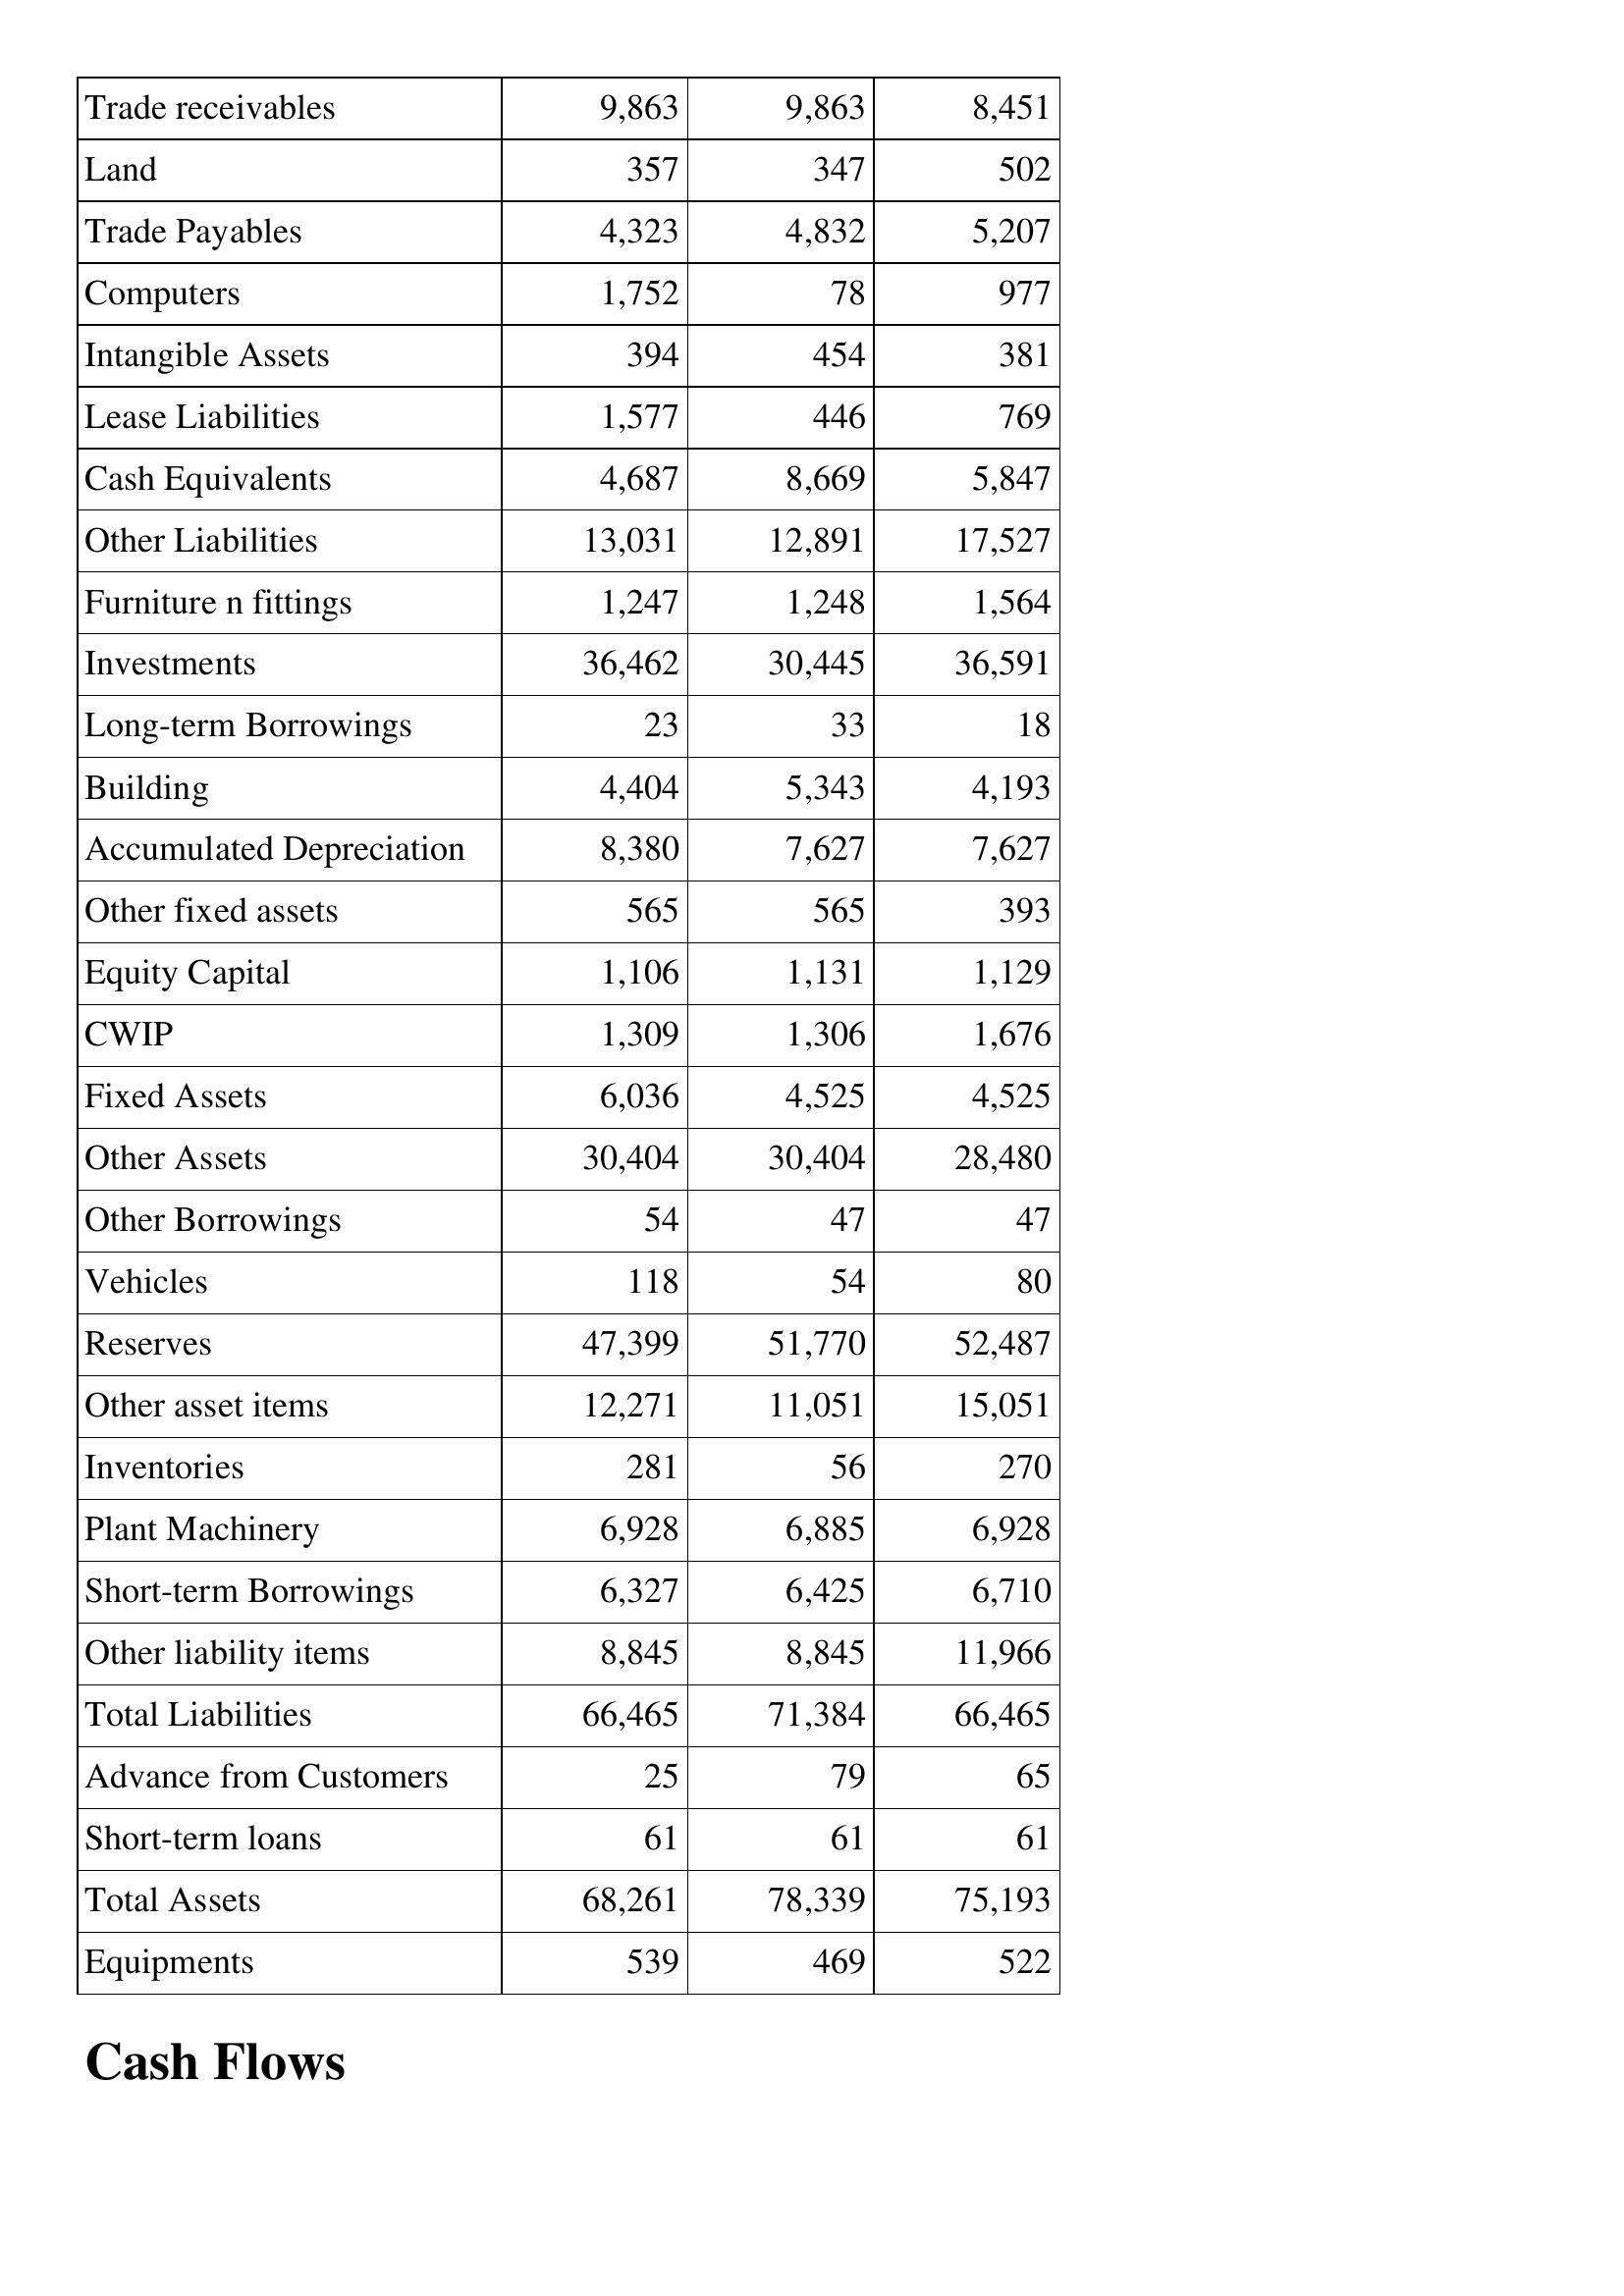
Mar-09: Balance Sheet: Trade receivables: 9,863
Land: 357
Trade Payables: 4,323
Computers: 1,752
Intangible Assets: 394
Lease Liabilities: 1,577
Cash Equivalents: 4,687
Other Liabilities: 13,031
Furniture n fittings: 1,247
Investments: 36,462
Long-term Borrowings: 23
Building: 4,404
Accumulated Depreciation: 8,380
Other fixed assets: 565
Equity Capital: 1,106
CWIP: 1,309
Fixed Assets: 6,036
Other Assets: 30,404
Other Borrowings: 54
Vehicles: 118
Reserves: 47,399
Other asset items: 12,271
Inventories: 281
Plant Machinery: 6,928
Short-term Borrowings: 6,327
Other liability items: 8,845
Total Liabilities: 66,465
Advance from Customers: 25
Short-term loans: 61
Total Assets: 68,261
Equipments: 539
Mar-08: Balance Sheet: Trade receivables: 9,863
Land: 347
Trade Payables: 4,832
Computers: 78
Intangible Assets: 454
Lease Liabilities: 446
Cash Equivalents: 8,669
Other Liabilities: 12,891
Furniture n fittings: 1,248
Investments: 30,445
Long-term Borrowings: 33
Building: 5,343
Accumulated Depreciation: 7,627
Other fixed assets: 565
Equity Capital: 1,131
CWIP: 1,306
Fixed Assets: 4,525
Other Assets: 30,404
Other Borrowings: 47
Vehicles: 54
Reserves: 51,770
Other asset items: 11,051
Inventories: 56
Plant Machinery: 6,885
Short-term Borrowings: 6,425
Other liability items: 8,845
Total Liabilities: 71,384
Advance from Customers: 79
Short-term loans: 61
Total Assets: 78,339
Equipments: 469
Mar-07: Balance Sheet: Trade receivables: 8,451
Land: 502
Trade Payables: 5,207
Computers: 977
Intangible Assets: 381
Lease Liabilities: 769
Cash Equivalents: 5,847
Other Liabilities: 17,527
Furniture n fittings: 1,564
Investments: 36,591
Long-term Borrowings: 18
Building: 4,193
Accumulated Depreciation: 7,627
Other fixed assets: 393
Equity Capital: 1,129
CWIP: 1,676
Fixed Assets: 4,525
Other Assets: 28,480
Other Borrowings: 47
Vehicles: 80
Reserves: 52,487
Other asset items: 15,051
Inventories: 270
Plant Machinery: 6,928
Short-term Borrowings: 6,710
Other liability items: 11,966
Total Liabilities: 66,465
Advance from Customers: 65
Short-term loans: 61
Total Assets: 75,193
Equipments: 522